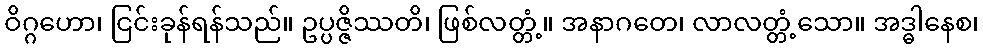
ဝိဂ္ဂဟော၊ ငြင်းခုန်ရန်သည်။ ဥပ္ပဇ္ဇိဿတိ၊ ဖြစ်လတ္တံ့။ အနာဂတေ၊ လာလတ္တံ့သော။ အဒ္ဓါနေစ၊